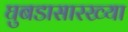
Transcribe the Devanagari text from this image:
घुबडासारख्या